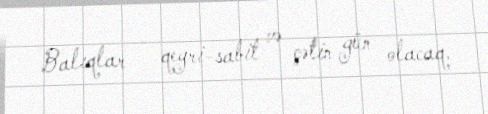
Balıqlar - qeyri-sabit və çətin gün olacaq.